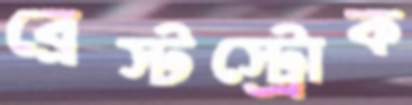
ব্রেস্টস্ট্রোক